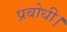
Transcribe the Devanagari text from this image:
प्रबोधी।